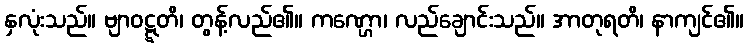
နှလုံးသည်။ ဗျာဝဋ္ဋတိ၊ တွန့်လည်၏။ ကဏ္ဌော၊ လည်ချောင်းသည်။ အာတုရတိ၊ နာကျင်၏။